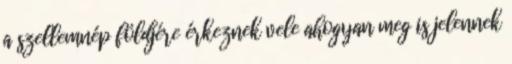
a szellemnép földjére érkeznek vele ahogyan meg is jelennek